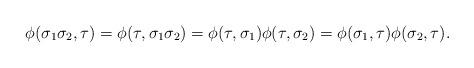
LaTeX: \begin{align*}\phi(\sigma_1 \sigma_2, \tau) = \phi(\tau, \sigma_1 \sigma_2) = \phi(\tau, \sigma_1) \phi(\tau, \sigma_2) = \phi(\sigma_1, \tau) \phi(\sigma_2, \tau).\end{align*}